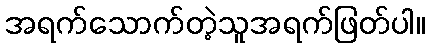
အရက်သောက်တဲ့သူအရက်ဖြတ်ပါ။